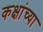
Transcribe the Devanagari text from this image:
कक्षांच्या